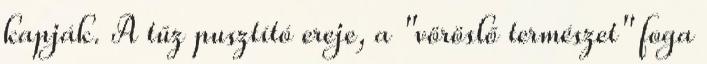
kapják. A tűz pusztító ereje, a "vöröslő természet" foga